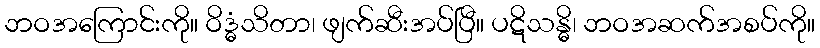
ဘဝအကြောင်းကို။ ဝိဒ္ဓံသိတာ၊ ဖျက်ဆီးအပ်ပြီ။ ပဋိသန္ဓိ၊ ဘဝအဆက်အစပ်ကို။